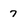
Character: 7